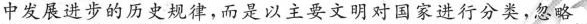
中发展进步的历史规律，而是以主要文明对国家进行分类，忽略